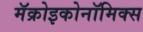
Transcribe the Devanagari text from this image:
मॅक्रोइकोनॉमिक्स